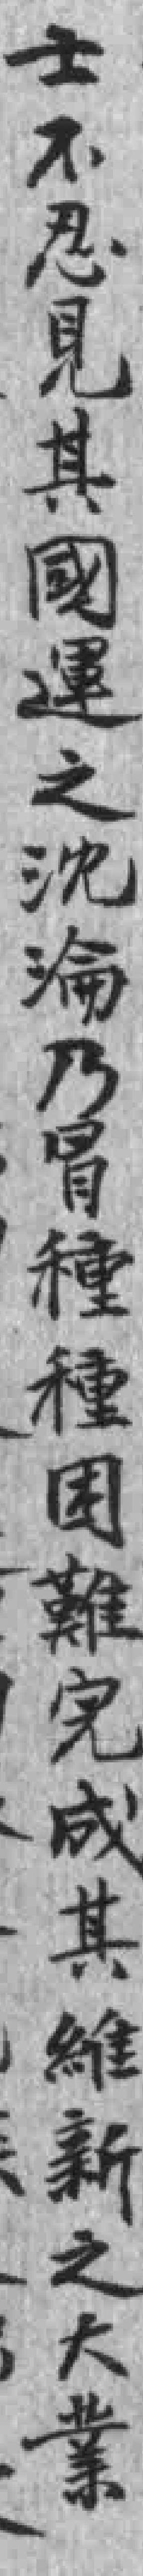
士不忍見其國運之沈淪乃冒種種困難完成其維新之大